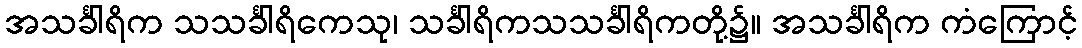
အသင်္ခါရိက သသင်္ခါရိကေသု၊ သင်္ခါရိကသသင်္ခါရိကတို့၌။ အသင်္ခါရိက ကံကြောင့်